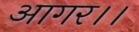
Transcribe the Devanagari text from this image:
आगर।।